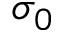
\sigma _ { 0 }